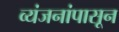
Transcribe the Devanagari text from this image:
व्यंजनांपासून